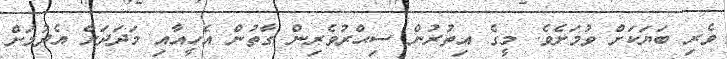
ވެރި ބަޔަކަށް ވުމަށެވެ. މީގެ އިތުރުން ސިޙްރުވެރިން ގާތުން އެހީއާއި މަދަދަށް އެދުމަށް